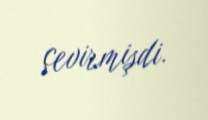
çevirmişdi.